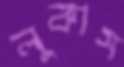
লুকাস